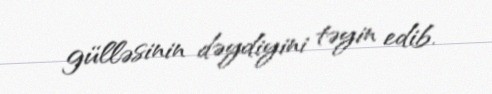
gülləsinin dəydiyini təyin edib.